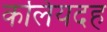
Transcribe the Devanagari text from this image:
कलियदह